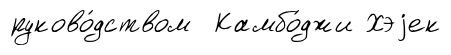
руково́дством Камбо́джи Хэjек